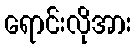
ရောင်းလိုအား